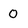
Character: 0